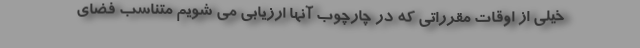
خیلی از اوقات مقرراتی که در چارچوب آنها ارزیابی می شویم متناسب فضای